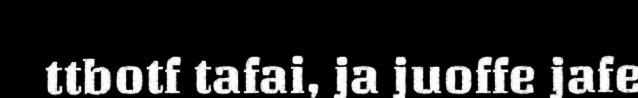
ttbotf tafai, ja juoffe jafe